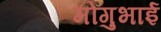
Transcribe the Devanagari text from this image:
मोगुभाई